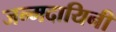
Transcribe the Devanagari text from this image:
जन्मदायिनी